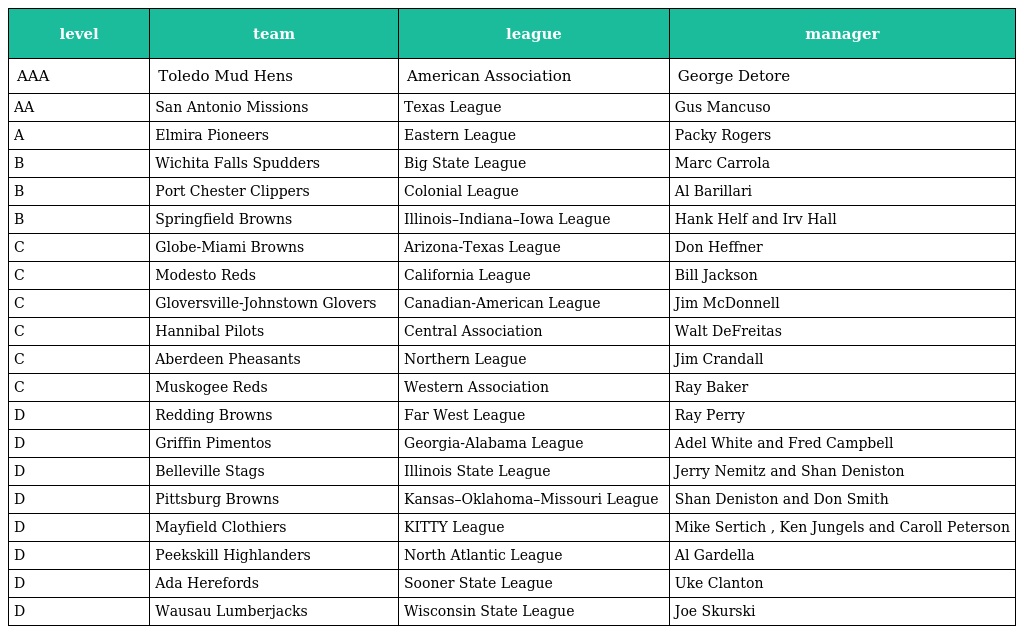
| level | team | league | manager |
 | --- | --- | --- | --- |
 | AAA | Toledo Mud Hens | American Association | George Detore |
 | AA | San Antonio Missions | Texas League | Gus Mancuso |
 | A | Elmira Pioneers | Eastern League | Packy Rogers |
 | B | Wichita Falls Spudders | Big State League | Marc Carrola |
 | B | Port Chester Clippers | Colonial League | Al Barillari |
 | B | Springfield Browns | Illinois–Indiana–Iowa League | Hank Helf and Irv Hall |
 | C | Globe-Miami Browns | Arizona-Texas League | Don Heffner |
 | C | Modesto Reds | California League | Bill Jackson |
 | C | Gloversville-Johnstown Glovers | Canadian-American League | Jim McDonnell |
 | C | Hannibal Pilots | Central Association | Walt DeFreitas |
 | C | Aberdeen Pheasants | Northern League | Jim Crandall |
 | C | Muskogee Reds | Western Association | Ray Baker |
 | D | Redding Browns | Far West League | Ray Perry |
 | D | Griffin Pimentos | Georgia-Alabama League | Adel White and Fred Campbell |
 | D | Belleville Stags | Illinois State League | Jerry Nemitz and Shan Deniston |
 | D | Pittsburg Browns | Kansas–Oklahoma–Missouri League | Shan Deniston and Don Smith |
 | D | Mayfield Clothiers | KITTY League | Mike Sertich , Ken Jungels and Caroll Peterson |
 | D | Peekskill Highlanders | North Atlantic League | Al Gardella |
 | D | Ada Herefords | Sooner State League | Uke Clanton |
 | D | Wausau Lumberjacks | Wisconsin State League | Joe Skurski |